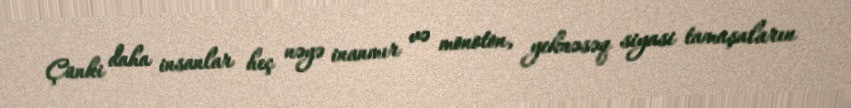
Çünki daha insanlar heç nəyə inanmır və monoton, yeknəsəq siyasi tamaşaların